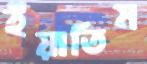
ইয়াতিম